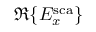
\Re \{ E _ { x } ^ { \mathrm { s c a } } \}